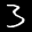
Label: 3